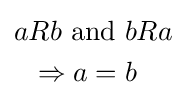
{\begin{aligned}aRb{\text{ and }}&bRa\\\Rightarrow a={}&b\end{aligned}}